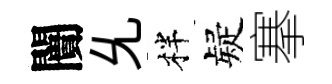
闠𠃔柈疑搴